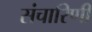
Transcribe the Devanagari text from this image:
संचारिणी